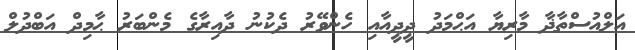
އަލްއުސްތާޛާ މާރިޔާ އަޙްމަދު ދީދީއާއި ހެންވޭރު ދެކުނު ދާއިރާގެ މެންބަރު ޙާމިދް އަބްދުލް